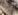
حزمة